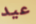
عيد